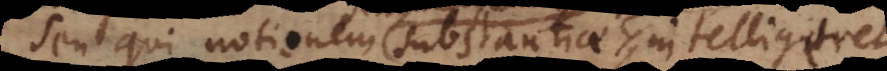
Seu qui notionem substantiae intelligit